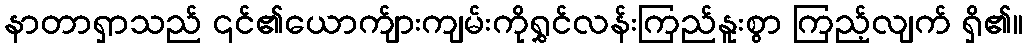
နာတာရှာသည် ၎င်၏ယောက်ျားကျမ်းကိုရွှင်လန်းကြည်နူးစွာ ကြည့်လျက် ရှိ၏။